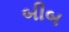
બીબ